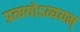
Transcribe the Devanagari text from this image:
प्रत्ययोऽव्ययम्